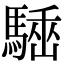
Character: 𩤪